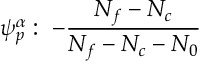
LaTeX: \psi _ { p } ^ { \alpha } : \; - \frac { N _ { f } - N _ { c } } { N _ { f } - N _ { c } - N _ { 0 } }